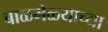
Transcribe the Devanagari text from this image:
बाळमेळ्याच्या